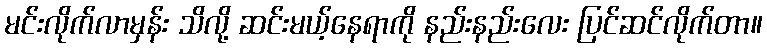
မင်းလိုက်လာမှန်း သိလို့ ဆင်းမယ့်နေရာကို နည်းနည်းလေး ပြင်ဆင်လိုက်တာ။